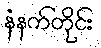
နံနက်တိုင်း